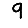
Digit: 9